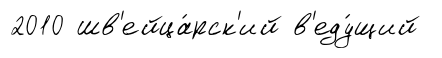
2010 шв'ейца́рск'ий в'еду́щий